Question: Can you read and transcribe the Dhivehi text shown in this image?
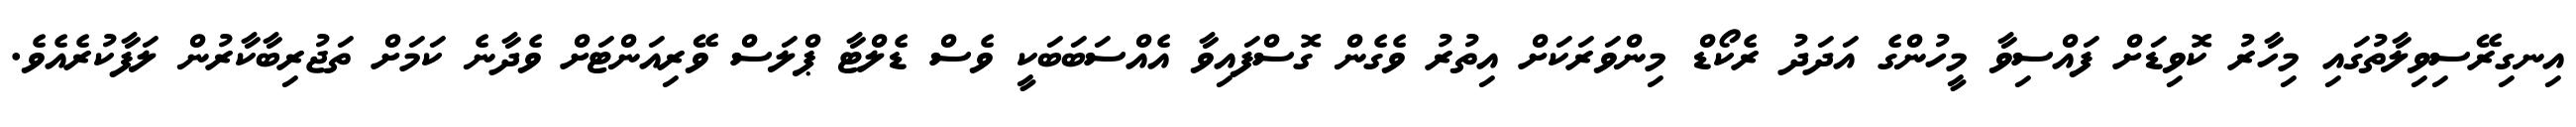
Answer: އިނގިރޭސިވިލާތުގައި މިހާރު ކޮވިޑަށް ފައްސިވާ މީހުންގެ އަދަދު ރެކޯޑް މިންވަރަކަށް އިތުރު ވެގެން ގޮސްފައިވާ އެއްސަބަބަކީ ވެސް ޑެލްޓާ ޕްލަސް ވޭރިއަންޓަށް ވެދާނެ ކަމަށް ތަޖުރިބާކާރުން ލަފާކުރެއެވެ.